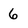
Character: 6